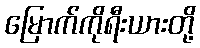
မြောက်ကိုရီးယားတို့